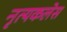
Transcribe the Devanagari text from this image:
नृत्यकलेस